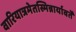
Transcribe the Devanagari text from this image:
वारियात्रमेतस्मिन्नार्यावर्तें